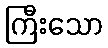
ကြီးသော